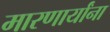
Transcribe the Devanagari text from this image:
मारणार्यांना